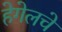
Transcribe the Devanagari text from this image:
हेगेलचे